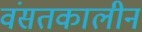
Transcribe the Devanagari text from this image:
वंसतकालीन